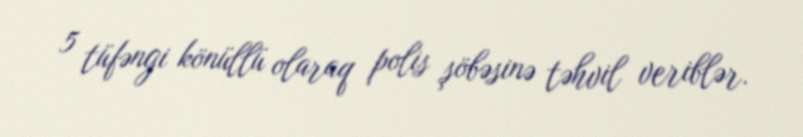
5 tüfəngi könüllü olaraq polis şöbəsinə təhvil veriblər.